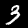
Label: 3